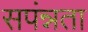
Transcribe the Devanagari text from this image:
सपंन्नता